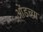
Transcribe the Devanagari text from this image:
ओंडच्या